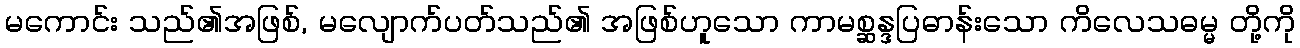
မကောင်း သည်၏အဖြစ်, မလျောက်ပတ်သည်၏ အဖြစ်ဟူသော ကာမစ္ဆန္ဒပြဓာန်းသော ကိလေသဓမ္မ တို့ကို